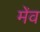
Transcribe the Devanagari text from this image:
मेंव